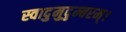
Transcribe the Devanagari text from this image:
स्वादुमुदुम्बरम्।